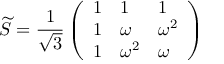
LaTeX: \widetilde { S } = { \frac { 1 } { \sqrt { 3 } } } \left( \begin{array} { l l l } { { 1 } } & { { 1 } } & { { 1 } } \\ { { 1 } } & { { \omega } } & { { \omega ^ { 2 } } } \\ { { 1 } } & { { \omega ^ { 2 } } } & { { \omega } } \end{array} \right)